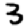
Digit: 3